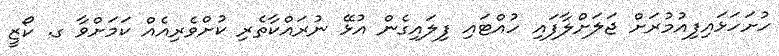
ހުށަހަޅައިފިއުމުރަށް ޖަލަށްލާފައި ހުއްޓައި ފިލައިގެން އުޅޭ ނުރައްކާތެރި ކުށްވެރިއެއް ކަމަށްވާ ގ. ކޯޒީ